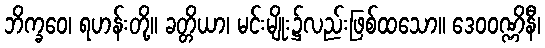
ဘိက္ခဝေ၊ ရဟန်းတို့။ ခတ္တိယာ၊ မင်းမျိုး၌လည်းဖြစ်ထသော။ ဒေဝဝဏ္ဏိနီ၊